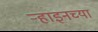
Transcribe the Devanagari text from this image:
र्‍हाइनच्या